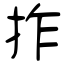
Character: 拃